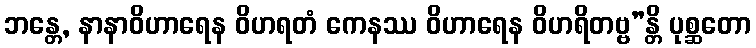
ဘန္တေ, နာနာဝိဟာရေန ဝိဟရတံ ကေနဿ ဝိဟာရေန ဝိဟရိတဗ္ဗ”န္တိ ပုစ္ဆတော